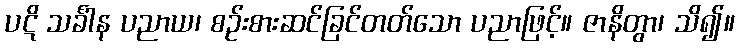
ပဋိ သင်္ခါန ပညာယ၊ စဉ်းစားဆင်ခြင်တတ်သော ပညာဖြင့်။ ဇာနိတွာ၊ သိ၍။